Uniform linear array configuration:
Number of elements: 64
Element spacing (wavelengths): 0.75
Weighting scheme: hann
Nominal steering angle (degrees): -60
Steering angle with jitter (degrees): -58.011
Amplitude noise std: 0.05
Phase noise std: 0.05

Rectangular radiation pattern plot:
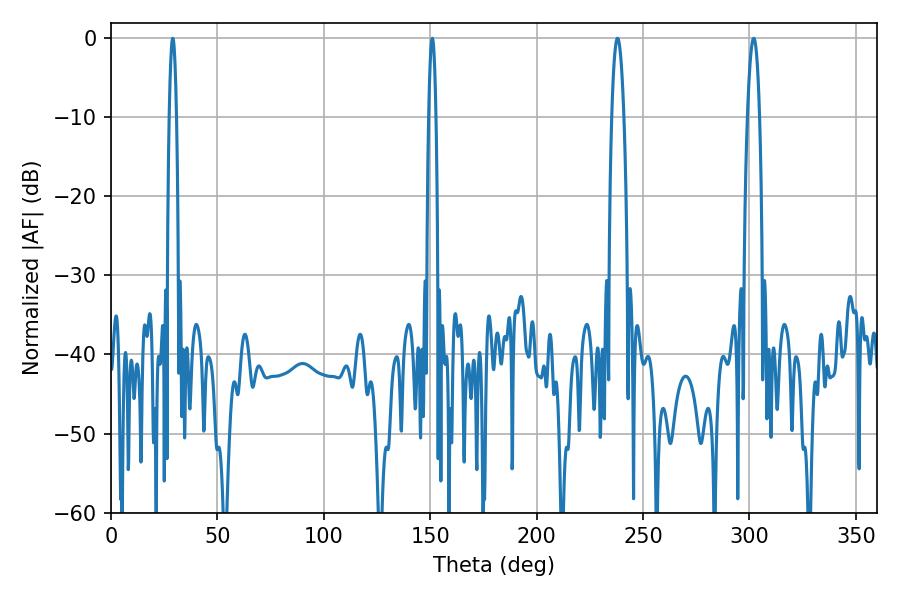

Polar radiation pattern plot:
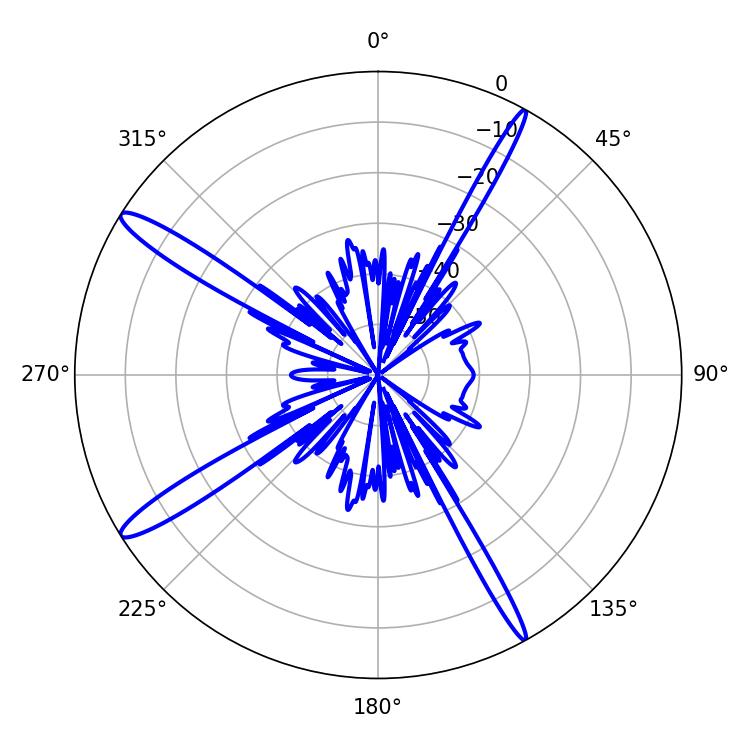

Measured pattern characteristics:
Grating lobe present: TRUE
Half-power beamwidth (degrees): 3.06
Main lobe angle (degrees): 237.96